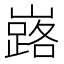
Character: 𡽘